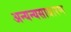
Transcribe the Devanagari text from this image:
अन्यन्यसाधारण